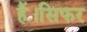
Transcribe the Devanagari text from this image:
हैं।सिफर